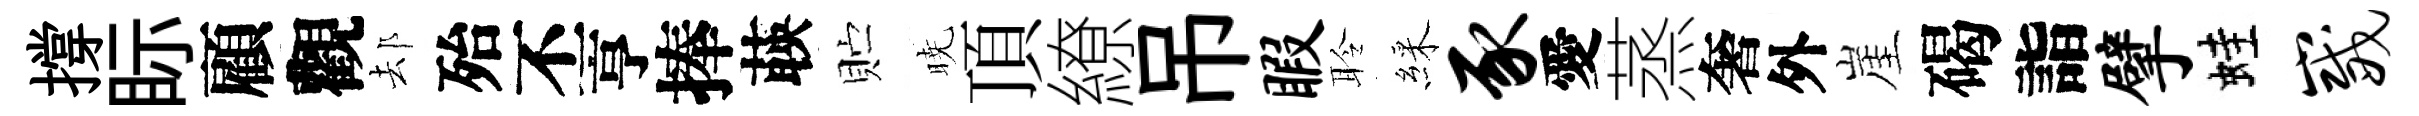
撐眎顧觀𨚫殆丕亨捧𦴤贮暁頂繚吊暇聆綵豕愛蒸奢外崖碣詣擘蛙崴